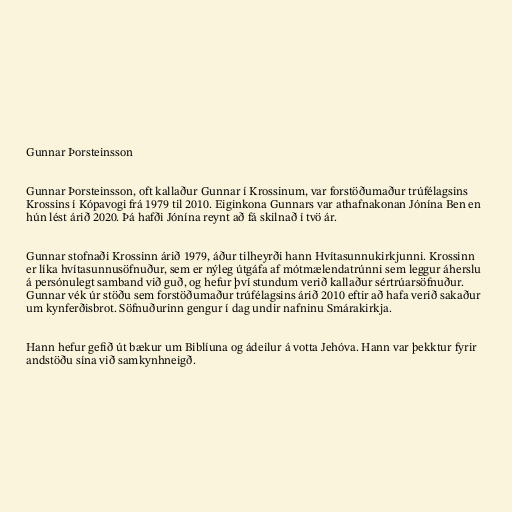
Gunnar Þorsteinsson

Gunnar Þorsteinsson, oft kallaður Gunnar í Krossinum, var forstöðumaður trúfélagsins
Krossins í Kópavogi frá 1979 til 2010. Eiginkona Gunnars var athafnakonan Jónína Ben en
hún lést árið 2020. Þá hafði Jónína reynt að fá skilnað í tvö ár.

Gunnar stofnaði Krossinn árið 1979, áður tilheyrði hann Hvítasunnukirkjunni. Krossinn
er líka hvítasunnusöfnuður, sem er nýleg útgáfa af mótmælendatrúnni sem leggur áherslu
á persónulegt samband við guð, og hefur því stundum verið kallaður sértrúarsöfnuður.
Gunnar vék úr stöðu sem forstöðumaður trúfélagsins árið 2010 eftir að hafa verið sakaður
um kynferðisbrot. Söfnuðurinn gengur í dag undir nafninu Smárakirkja.

Hann hefur gefið út bækur um Biblíuna og ádeilur á votta Jehóva. Hann var þekktur fyrir
andstöðu sína við samkynhneigð.